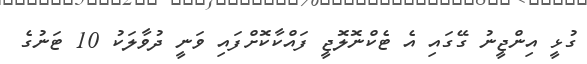
ގުޅީ އިންޖީނު ގޭގައި އެ ޓެކްނޮލޮޖީ ފައްކާކޮށްފައި ވަނީ ދުވާލަކު 10 ޓަނުގެ